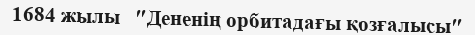
1684 жылы   ″Дененің орбитадағы қозғалысы″